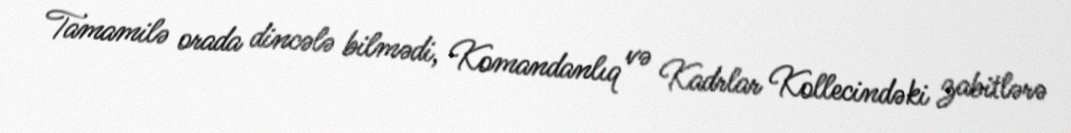
Tamamilə orada dincələ bilmədi, Komandanlıq və Kadrlar Kollecindəki zabitlərə